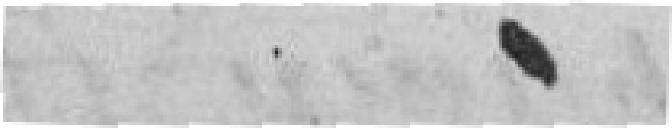
.